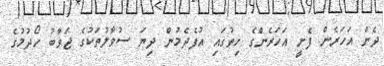
ދެން އަހަރެން ފެށީ އަހަރެންގެ ހިތުގައި އުފެދެމުން ދިޔަ ސުވާލުތަކުގެ ޖަވާބު ހޯދުމުގެ